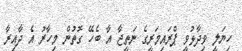
ހިޔަލީ ވިދާޅުވީ ޕްރައިމަރީގެ ނަތީޖާ އާ ބެހޭ ގޮތުން މިހާރު އެ ދާއިރާ